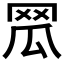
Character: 𦊡